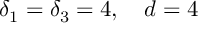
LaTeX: \delta _ { 1 } = \delta _ { 3 } = 4 , \quad d = 4